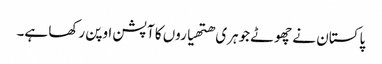
پاکستان نے چھوٹے جوہری ھتھیاروں کا آپشن اوپن رکھا ہے۔